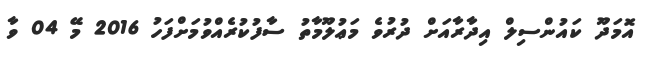
އޮމަދޫ ކައުންސިލް އިދާރާއަށް ދުރުވެ މަޢުލޫމާތު ސާފުކުރެއްވުމަށްފަހު 2016 މޭ 04 ވާ